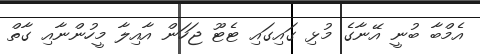
އެމްބާ ބުނީ އޭނާގެ މުޅި ގައިގައި ޓެޓޫ ޖަހަން އާއިލާ މީހުންނާއި ގާތް